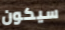
سيكون